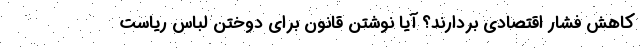
کاهش فشار اقتصادی بردارند؟ آیا نوشتن قانون برای دوختن لباس ریاست‌